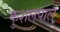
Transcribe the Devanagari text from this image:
कुशलपाल